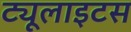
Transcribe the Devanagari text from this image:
ट्यूलाइटस